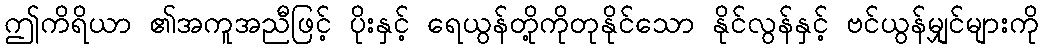
ဤကိရိယာ ၏အကူအညီဖြင့် ပိုးနှင့် ရေယွန်တို့ကိုတုနိုင်သော နိုင်လွန်နှင့် ဗင်ယွန်မျှင်များကို